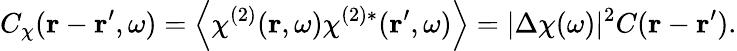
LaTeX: C_{\chi}(\boldsymbol{\mathbf{r}}-\boldsymbol{\mathbf{r}}^{\prime},\omega)=\left\langle\chi^{(2)}(\boldsymbol{\mathbf{r}},\omega)\chi^{(2)*}(\boldsymbol{\mathbf{r}}^{\prime},\omega)\right\rangle=|\Delta\chi(\omega)|^{2}C(\boldsymbol{\mathbf{r}}-\boldsymbol{\mathbf{r}}^{\prime}).